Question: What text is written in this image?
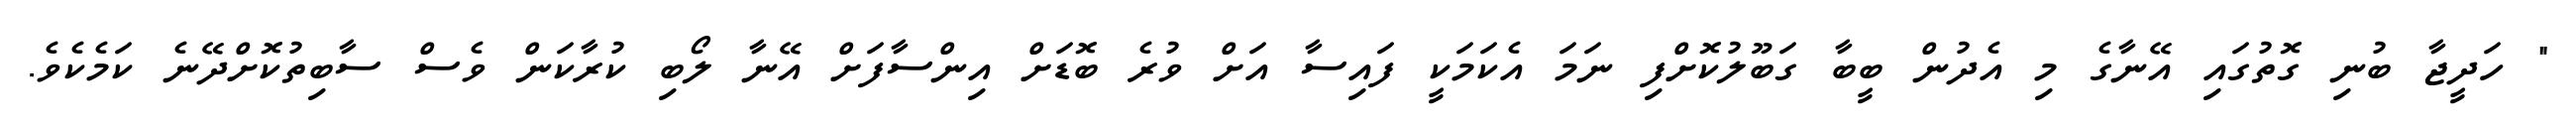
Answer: " ހަދީޖާ ބުނި ގޮތުގައި އޭނާގެ މި އެދުން ބީބާ ގަބޫލުކޮށްފި ނަމަ އެކަމަކީ ފައިސާ އަށް ވުރެ ބޮޑަށް އިންސާފަށް އޭނާ ލޯބި ކުރާކަން ވެސް ސާބިތުކޮށްދޭނެ ކަމެކެވެ.